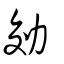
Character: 効